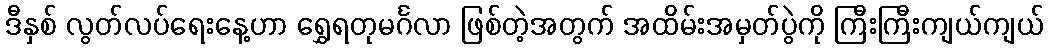
ဒီနှစ် လွတ်လပ်ရေးနေ့ဟာ ရွှေရတုမင်္ဂလာ ဖြစ်တဲ့အတွက် အထိမ်းအမှတ်ပွဲကို ကြီးကြီးကျယ်ကျယ်